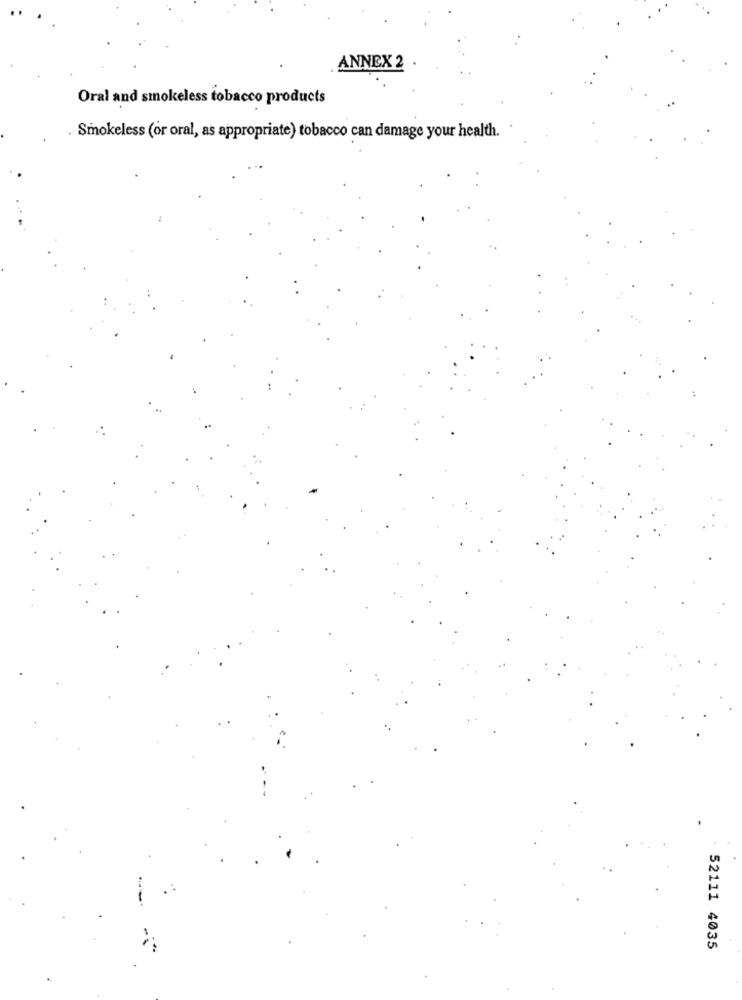
ANNEX 2
Oral and smokeless tobacco products
Smokeless (or oral, as appropriate) tobacco can damage your health.
52111 4035